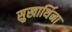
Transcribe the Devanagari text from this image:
सुखार्थिना